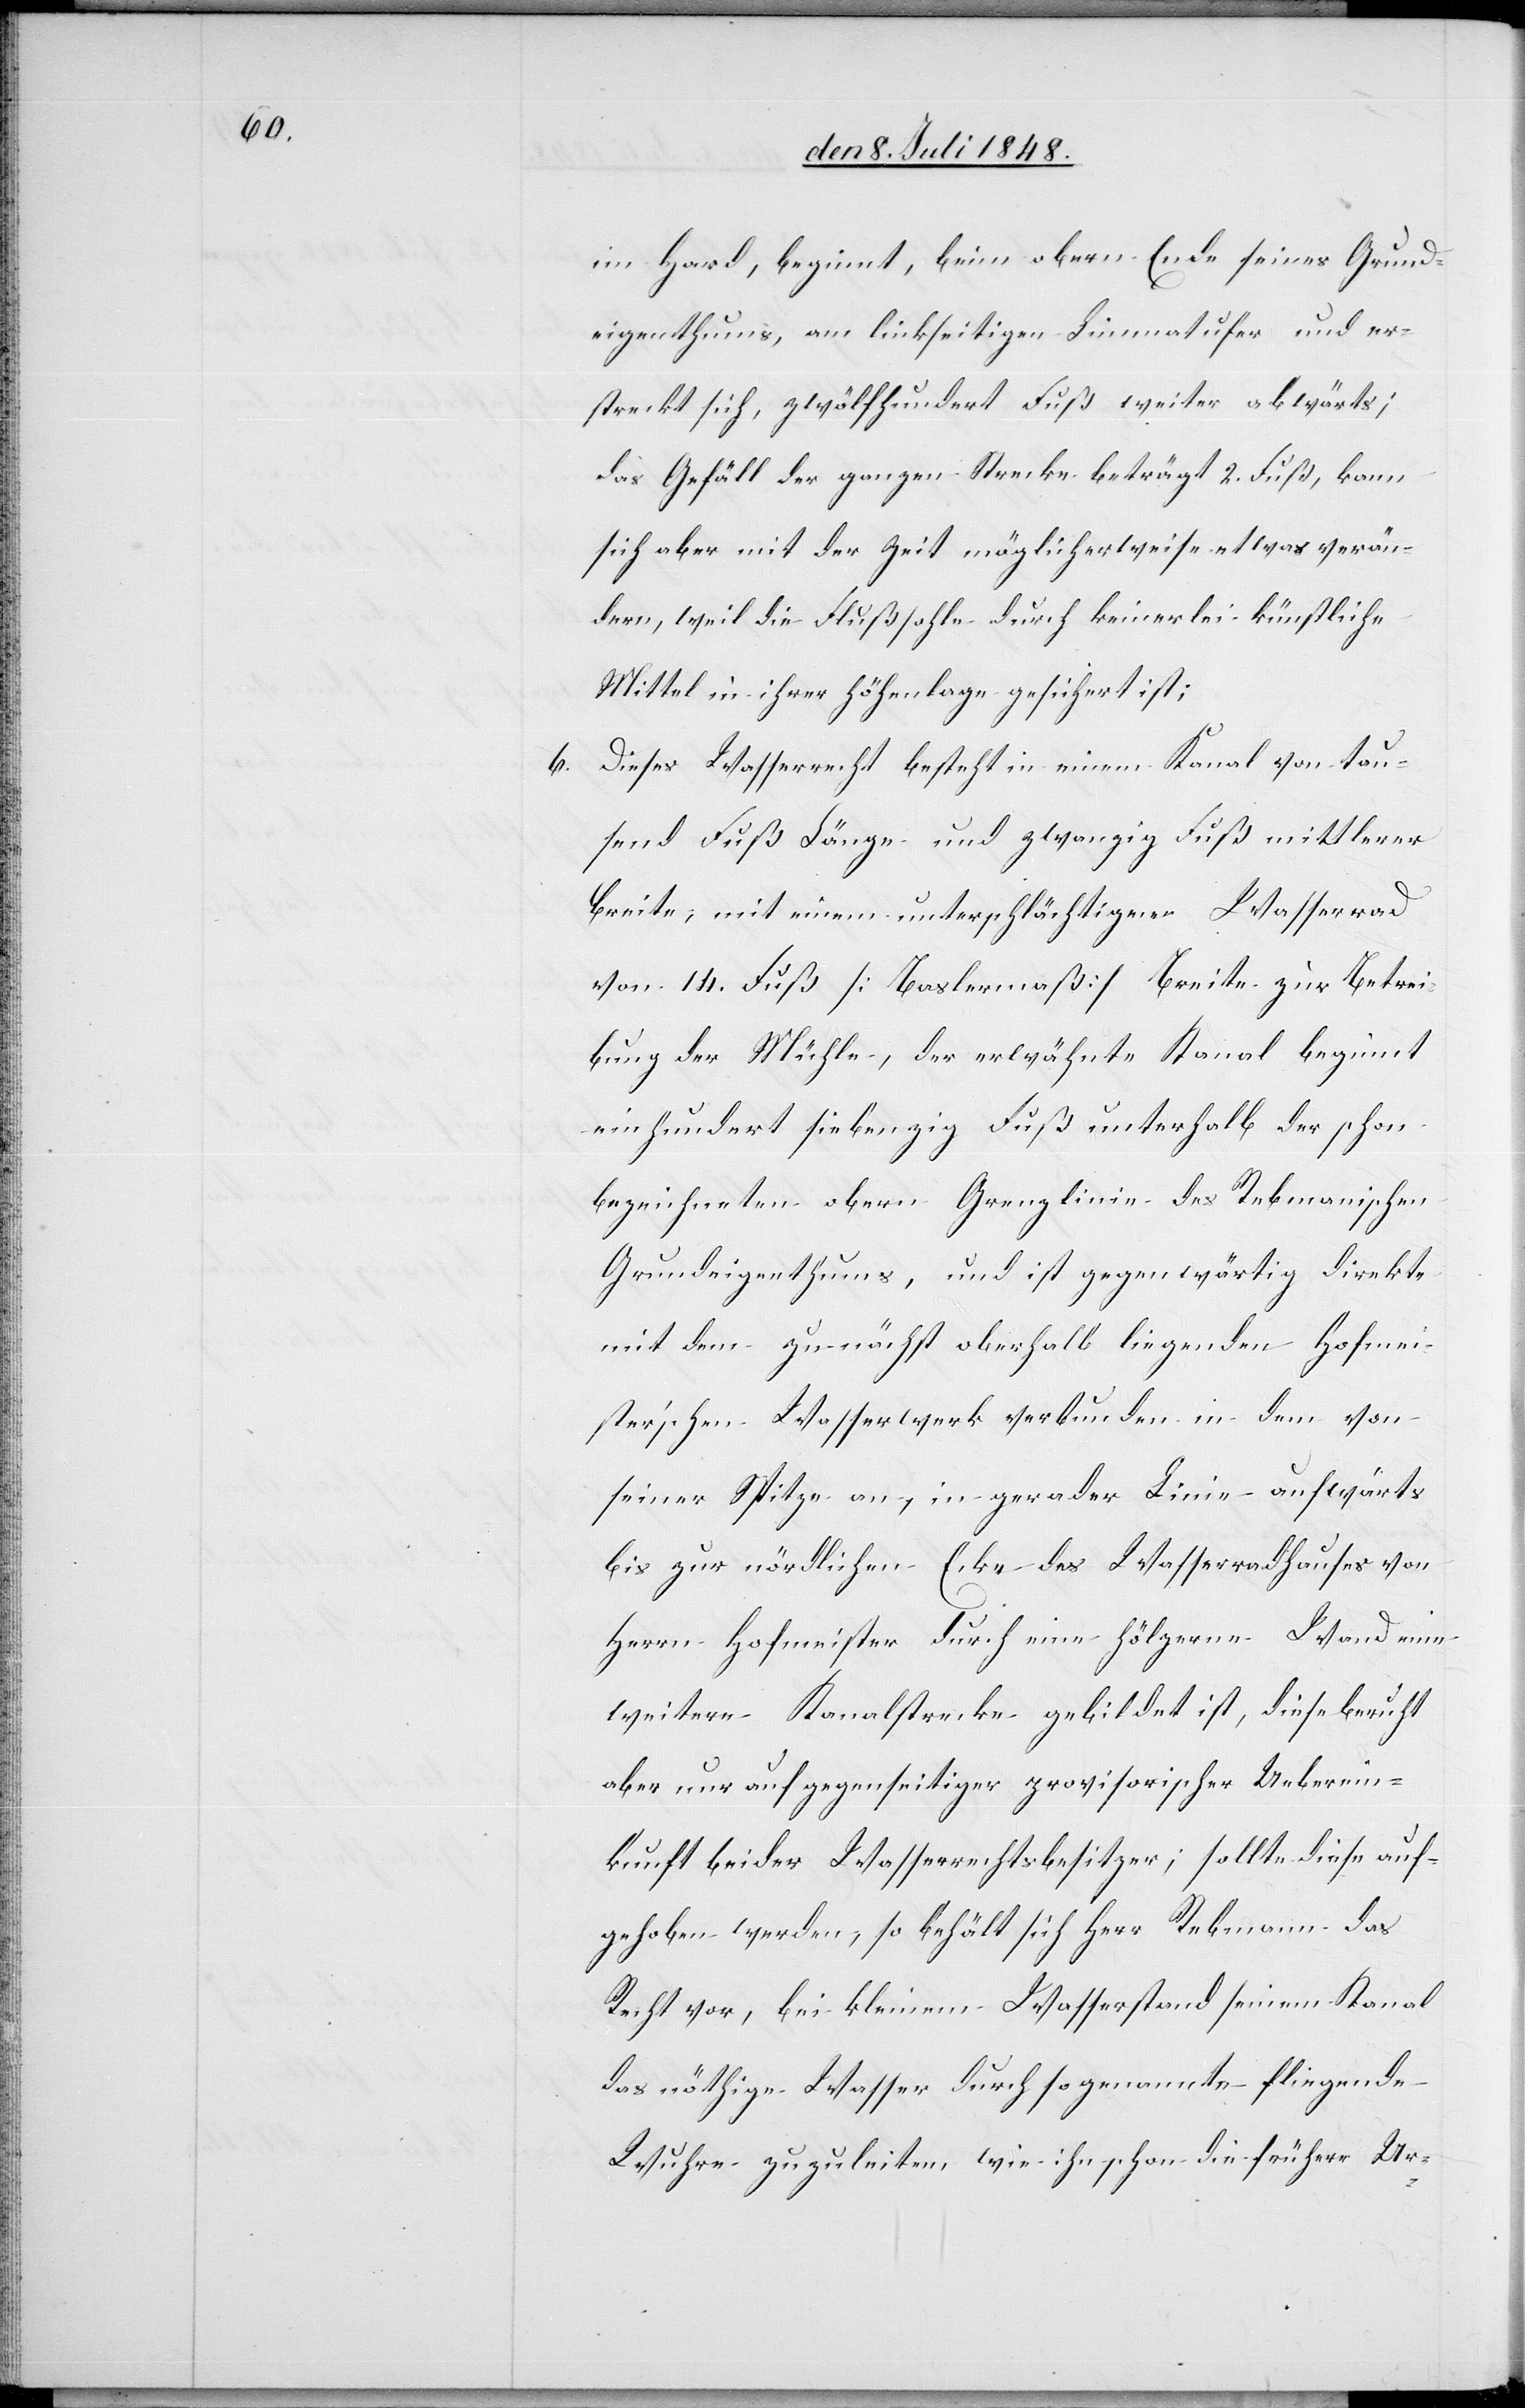
im Hard, beginnt, beim obern Ende seines Grund¬
eigenthums, am linkseitigen Limmatufer und er¬
streckt sich, zwölfhundert Fuß weiter abwärts;
das Gefäll der ganzen Strecke beträgt 2. Fuß, kann
sich aber mit der Zeit möglicherweise etwas verän¬
dern, weil die Flußsohle durch keinerlei künstliche
Mittel in ihrer Höhenlage gesichert ist;
b. Dieses Wasserrecht besteht in einem Kanal von tau¬
send Fuß Länge und zwanzig Fuß mittlerer
Breite, mit einem unterschlächtigern Wasserrad
von 14. Fuß [Baslermaß] Breite zur Betrei¬
bung der Mühle, der erwähnte Kanal beginnt
einhundert siebenzig Fuß unterhalb der schon
bezeichneten obern Grenzlinie des Rebmannischen
Grundeigenthums, und ist gegenwärtig direkte
mit dem zunächst oberhalb liegenden Hofmei¬
ster’schen Wasserwerk verbunden in dem von
seiner Spitze an, in gerader Linie aufwärts
bis zur nördlichen Ecke des Wasserradhauses von
Herrn Hofmeister durch eine hölzerne Wand eine
weitere Kanalstrecke gebildet ist, diese beruht
aber nur auf gegenseitiger provisorischer Ueberein¬
kunft beider Wasserrechtsbesitzer; sollte diese auf¬
gehoben werden, so behält sich Herr Rebmann das
Recht vor, bei kleinem Wasserstand seinem Kanal
das nöthige Wasser durch sogenannte fliegende
Wuhre zuzuleiten wie ihn schon die frühere Ur-